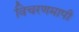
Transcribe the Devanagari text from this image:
विचरणमापी